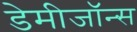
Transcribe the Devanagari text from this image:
डेमीजॉन्स